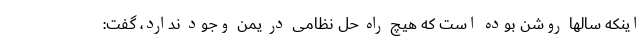
اینکه سالها روشن بوده است که هیچ راه حل نظامی در یمن وجود ندارد، گفت: